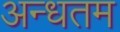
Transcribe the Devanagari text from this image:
अन्धतम